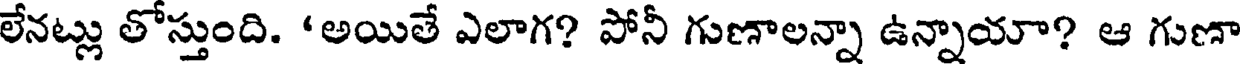
లేనట్లు తోస్తుంది. 'అయితే ఎలాగ? పోనీ గుణాలన్నా ఉన్నాయా? ఆ గుణా